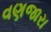
વણજારા